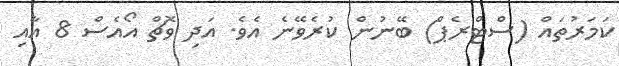
ކަމަރުތައް (ސްޓްރެޕް) ބޭނުން ކުރެވޭނެ އެވެ. އަދި ވޮޗް އޯއެސް 8 އާއި